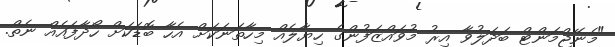
"މެނޭޖްމަންޓް ބަދަލުވާ އިރު މުވައްޒަފުންގެ ހިޔާލެއް މިހާތަނަކަށް އެހާ ބޮޑަކަށް ހޯދާފައެއް ނެތް.